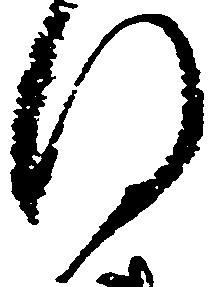
後